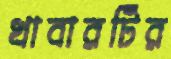
খাবারটির